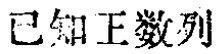
已知正数列